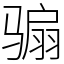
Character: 骟